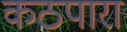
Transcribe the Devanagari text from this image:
कठपारा